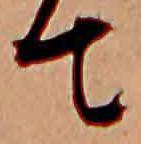
て